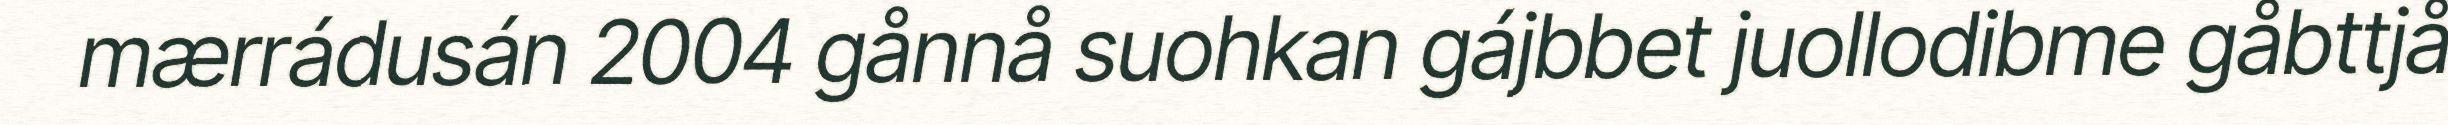
mærrádusán 2004 gånnå suohkan gájbbet juollodibme gåbttjå